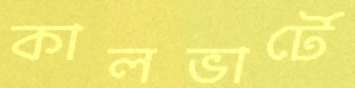
কালভার্টে